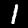
Digit: 1